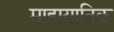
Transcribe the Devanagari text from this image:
माहायानिक